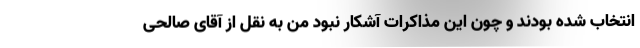
انتخاب شده بودند و چون این مذاکرات آشکار نبود من به نقل از آقای صالحی